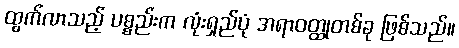
ထွက်လာသည့် ပစ္စည်းက လုံးရှည်ပုံ အရာဝတ္ထုတစ်ခု ဖြစ်သည်။